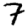
Digit: 7